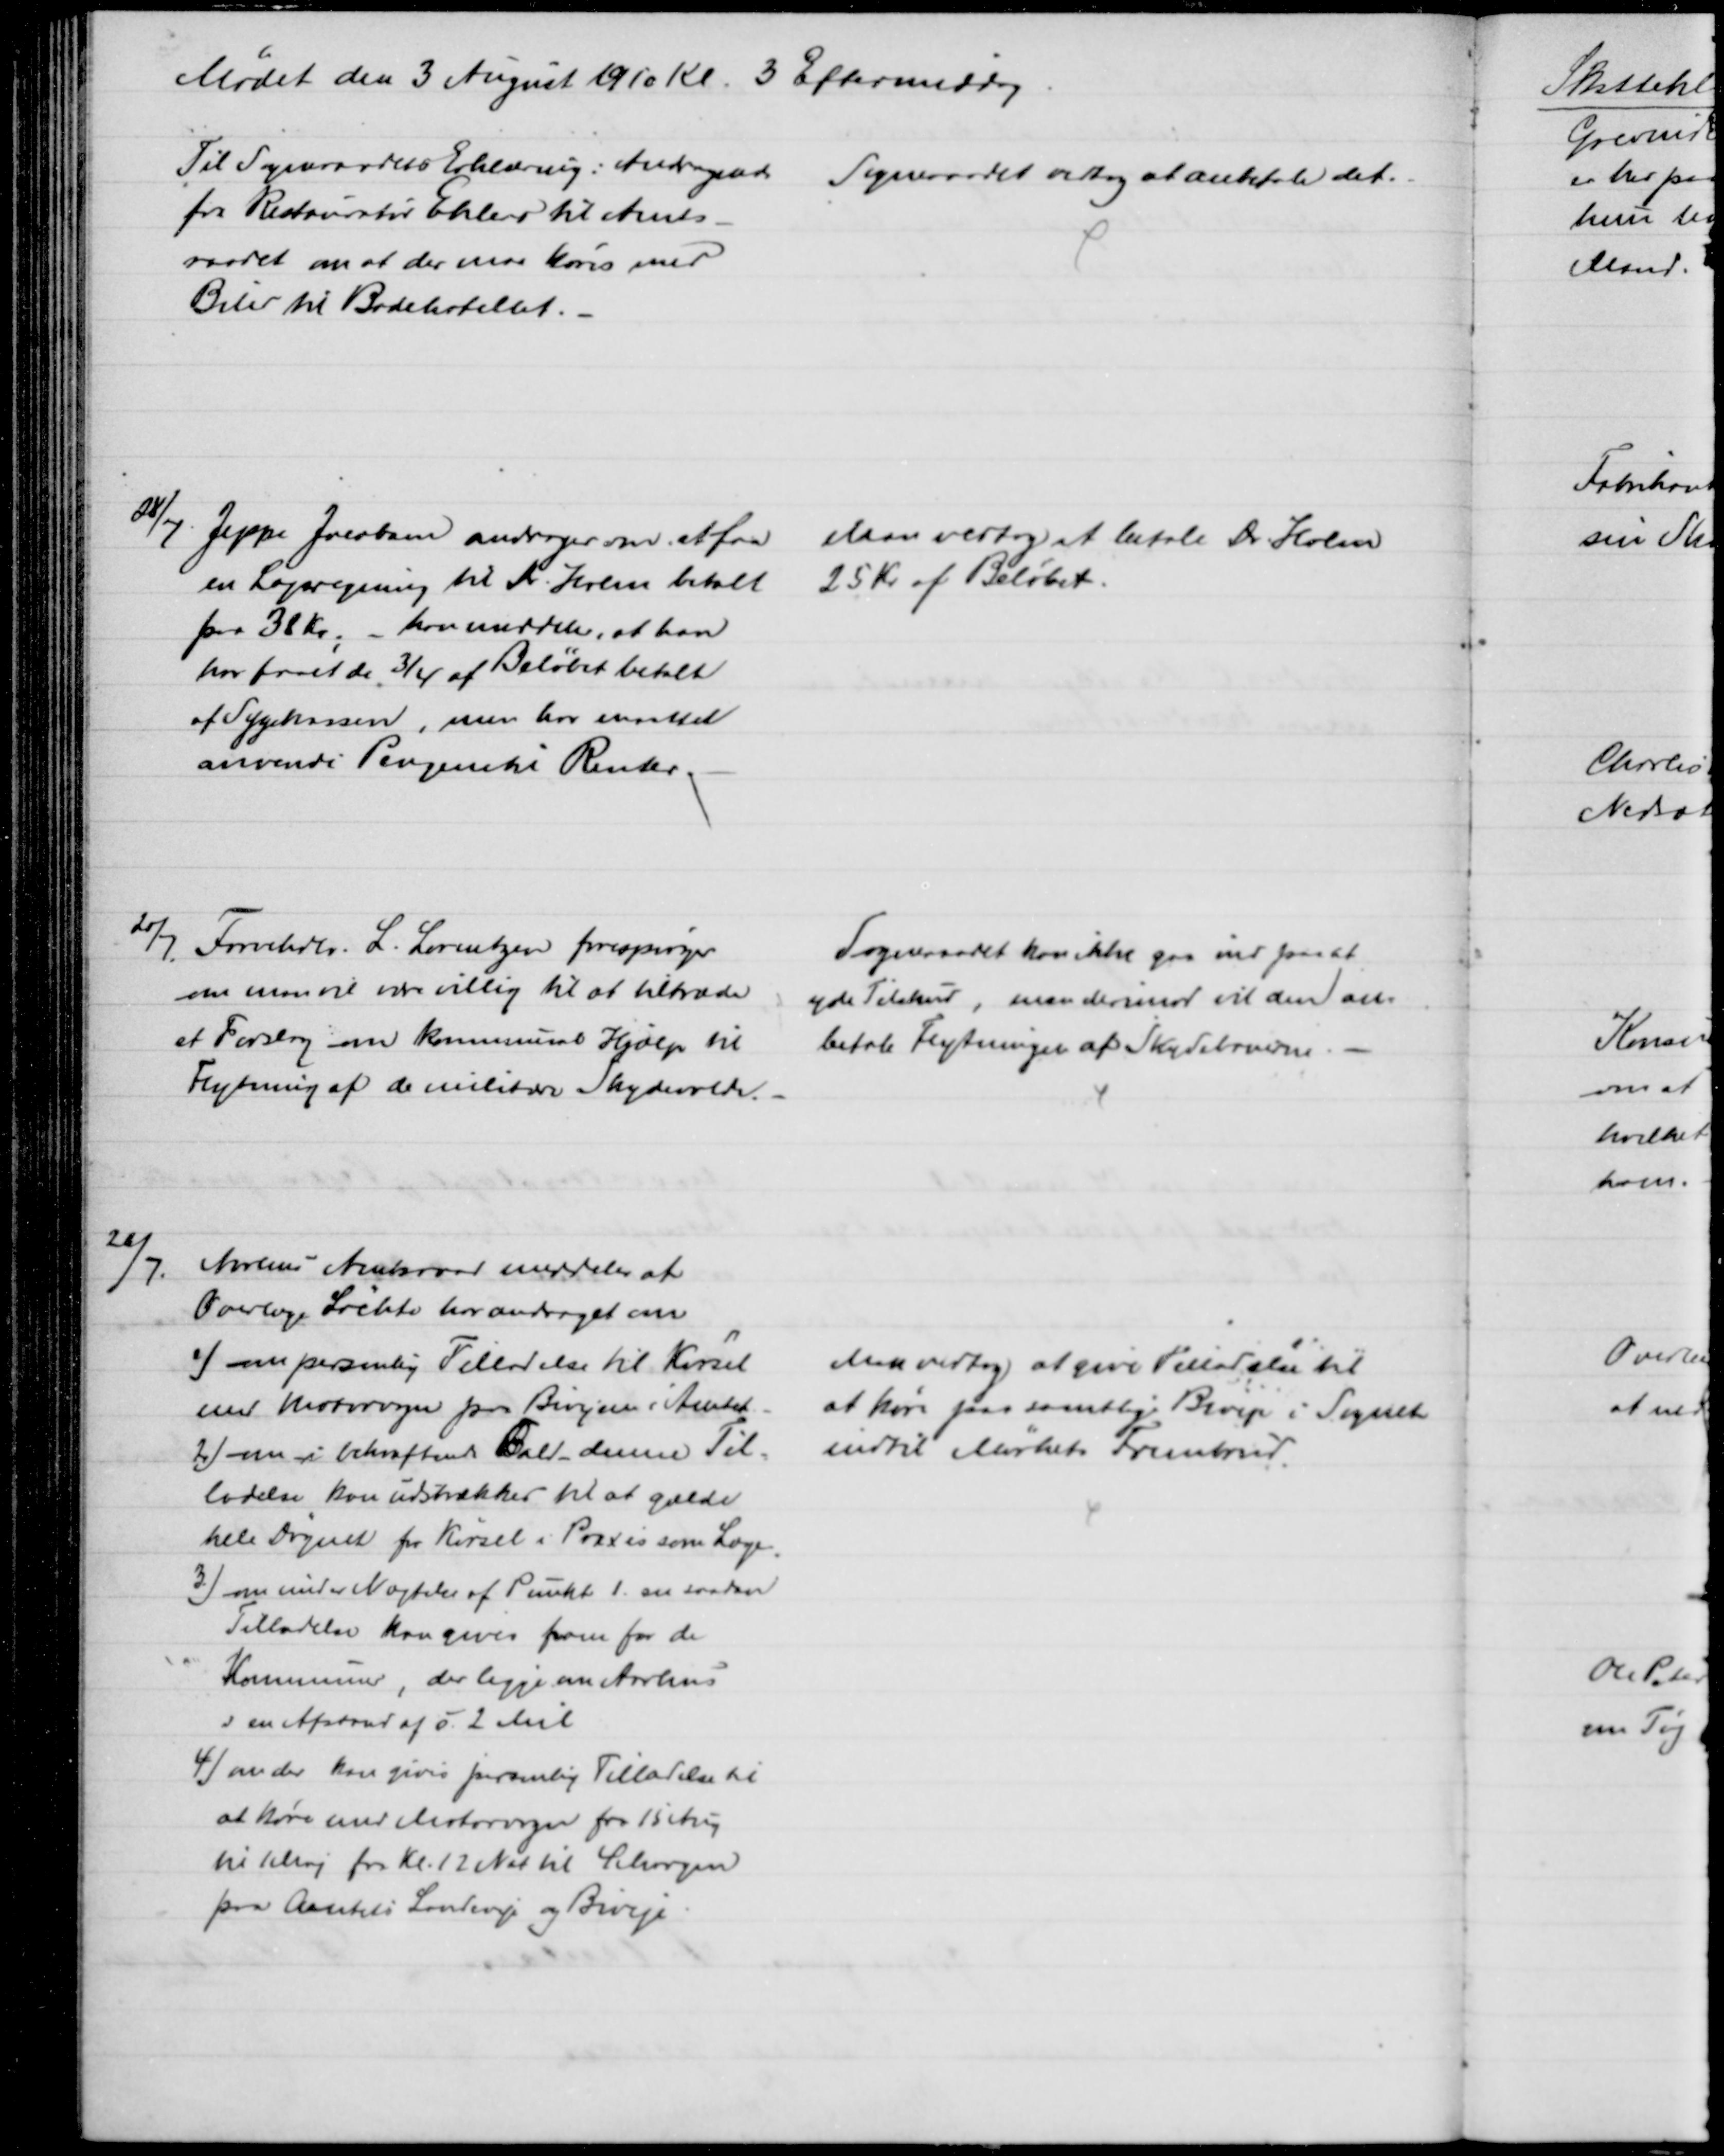
Transskription:
Mødet den 3 August 1910 Kl. 3 Eftermiddag
Til Sogneraadets Erklæring: Andragende 
fra Restauratør Ehlers til Amts-
raadet om at der maa køres med
Biler til Badehotellet.
Sogneraadet vedtog at anbefale det.
28/7. Jeppe Jacobsen andrager om at faa
en Lægergning til Dr. Holm betalt
paa 38 Kr; - han meddeler, at han
har faaet de 3/4 af Beløbet betalt
af Sygekassen, men har maattet
anvende Pengene til Renter.
Man vedtog at betale Dr. Holm
25 Kr af Beløbet.
20/7. Farvehdlr. L. Lorentzen forespørger
om man vil være villig til at tiltræde
et Forslag om kommunal Hjælp til
Flytning af de militære Skydevolde.
Sogneraadet kan ikke gaa ind paa at
yde Tilskud, men derimod vil den an-
befale Flytninger af Skydebanerne
28/7.
Aarhus Amtsraad meddeler at
Overlæge Løchte har andraget om
1) om personlig Tilladelse til Kørsel
med Motorvogn paa Bivejene i Amtet
2) om i bekræftende Fald denne Til-
ladelse kan udstrækkes til at gælde
hele Døgnet for Kørsel i Praxis som Læge.
3) om under Nægtelse af Punkt 1. en saadan
Tilladelse kan gives frem for de
Kommuner, der ligge om Aarhus
i en Afstand af o. 2 Mil
4) om der kan gives personlig Tilladelse til
at køre med Motorvogn fra 15 Aug
til 1 Maj fra Kl. 12 Nat til 4 Morgen
paa Amtets Landeveje og Biveje
Man vedtog at give Tilladelse til
at køre paa samtlige Biveje i Sognet 
indtil Mørkets Frembrud.